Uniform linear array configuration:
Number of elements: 8
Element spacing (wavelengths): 0.5
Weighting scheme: hann
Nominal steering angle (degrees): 45
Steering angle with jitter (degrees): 43.253
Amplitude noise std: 0.05
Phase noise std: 0.05

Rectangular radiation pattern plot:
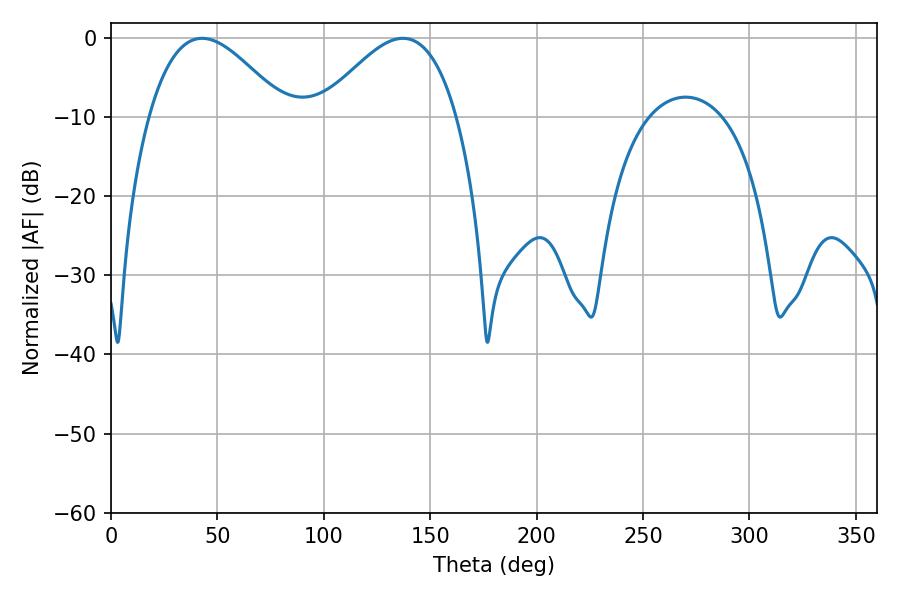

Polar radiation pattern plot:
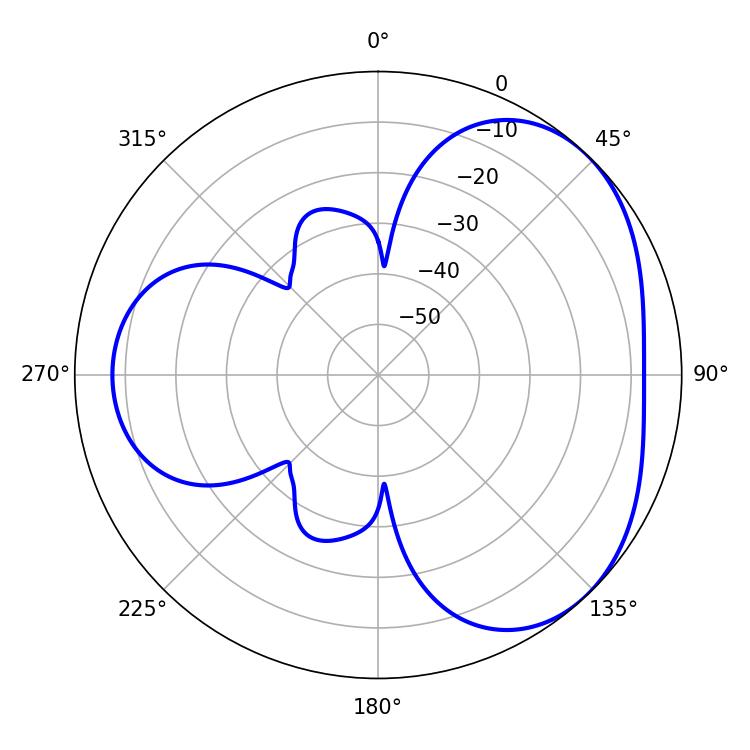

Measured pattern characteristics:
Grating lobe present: FALSE
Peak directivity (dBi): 3.667
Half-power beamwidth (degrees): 34.74
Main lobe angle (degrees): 137.16